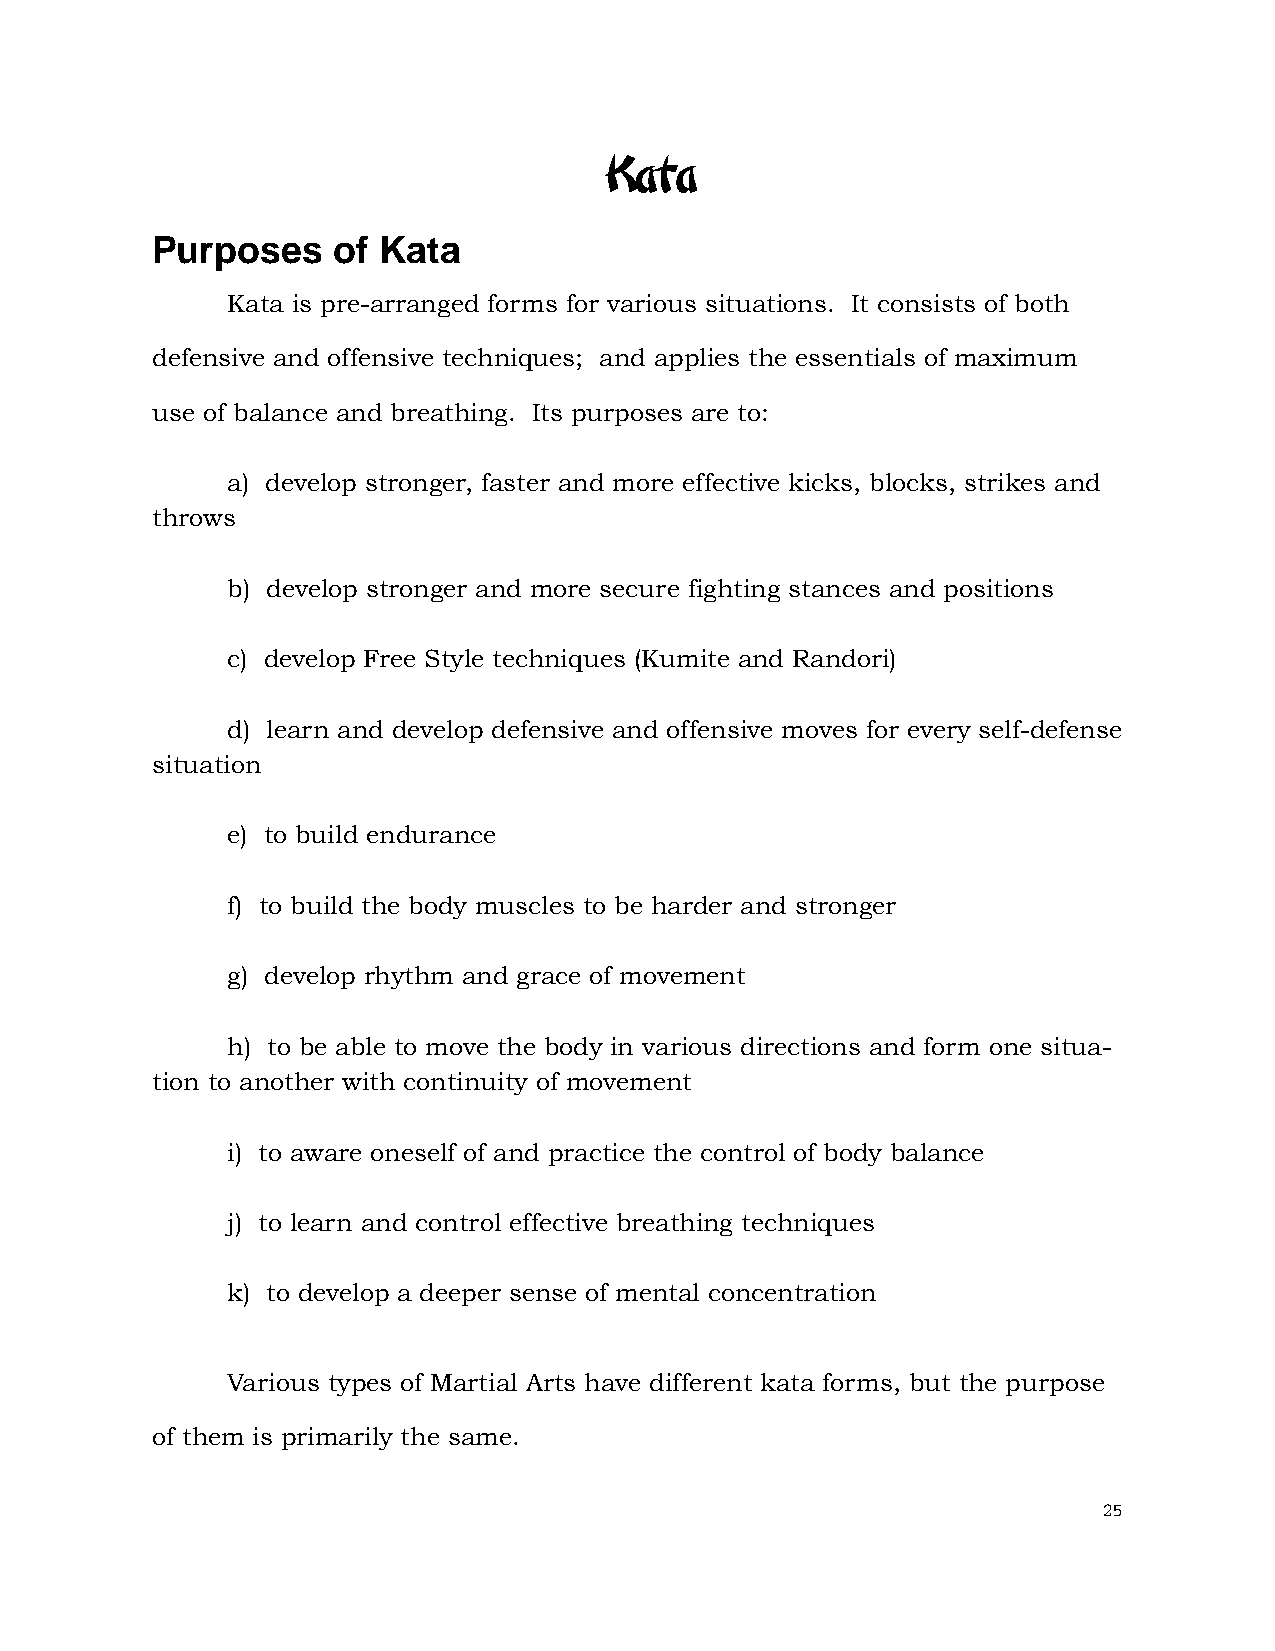
Kata
 Purposes    of Kata
 Kata is pre-arranged forms for various situations. It consists of both
 defensive and offensive techniques; and applies the essentials of maximum
 use of balance and breathing. Its purposes are to:
 a) develop stronger, faster and more effective kicks, blocks, strikes and
 throws
 b) develop stronger and more secure fighting stances and positions
 c) develop Free Style techniques (Kumite and Randori)
 d) learn and develop defensive and offensive moves for every self-defense
 situation
 e) to build endurance
 f) to build the body muscles to be harder and stronger
 g) develop rhythm and grace of movement
 h) to be able to move the body in various directions and form one situa-
 tion to another with continuity of movement
 i) to aware oneself of and practice the control of body balance
 j) to learn and control effective breathing techniques
 k) to develop a deeper sense of mental concentration
 Various types of Martial Arts have different kata forms, but the purpose
 of them is primarily the same.
 25